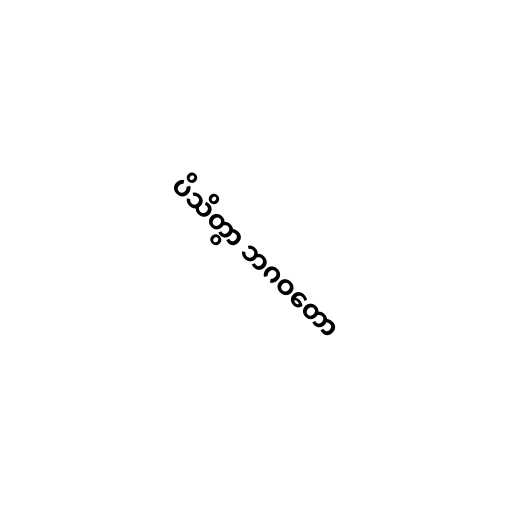
ပိသိတွာ ဘဂဝတော